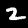
Digit: 2